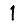
Digit: 1